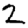
Digit: 2